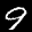
Label: 9